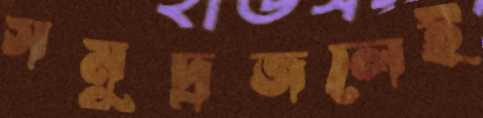
সমুদ্রজলেই